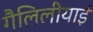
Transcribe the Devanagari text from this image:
गैलिलीयाई